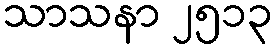
သာသနာ ၂၅၁၃